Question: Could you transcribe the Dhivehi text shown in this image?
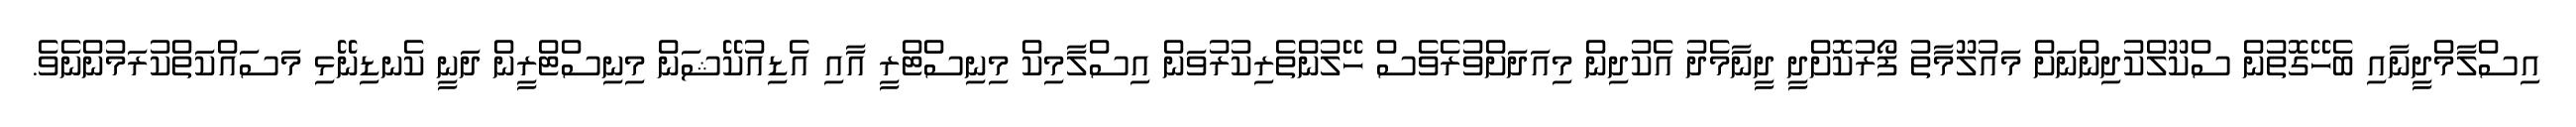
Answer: އިސްލާމްދީނާއި ބެހޭގޮތުން ސްކޫލްކުދިންނަށް މައުލޫމާތު ފޯރުކޮށްދީ ދީނާމެދު އެކުދިން މިއަދަށްވުރެވެސް ހޭލުންތެރިކުރުވަން އިސްލާމިކް މިނިސްޓްރީ އާއި އެޑިއުކޭޝަން މިނިސްޓްރީން ދަނީ ކެނޑިނޭޅި މަސައްކަތްކުރަމުންނެވެ.